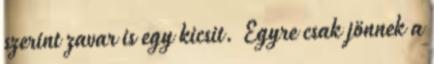
szerint zavar is egy kicsit. Egyre csak jönnek a